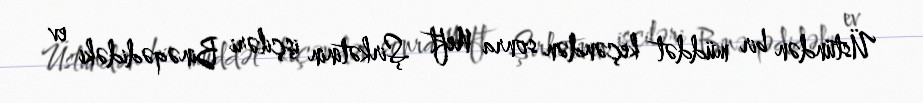
Üstündən bir müddət keçəndən sonra Neft Şirkətinin işçiləri Binəqədidəki ev